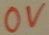
Text: OV